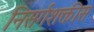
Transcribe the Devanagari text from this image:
निसर्गशक्तीस